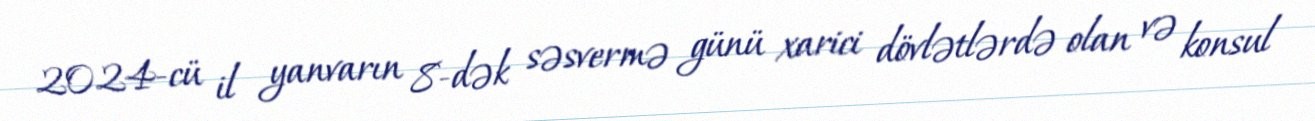
2024-cü il yanvarın 8-dək səsvermə günü xarici dövlətlərdə olan və konsul